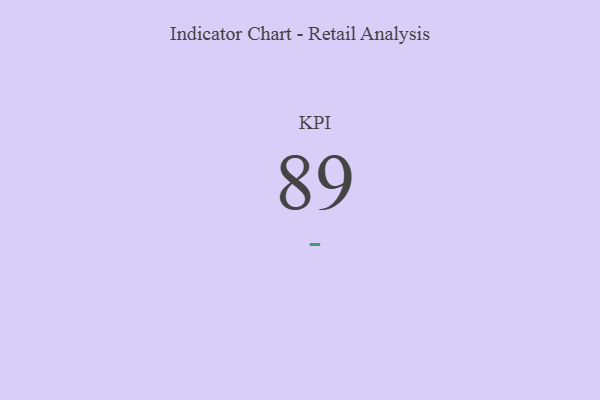
{"axis": {"x": "KPI", "y": "Value"}, "legend": [""], "data": [{"x": "KPI", "y": 89, "type": ""}]}